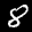
Label: 8